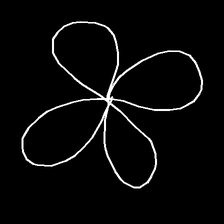
Glyph: billowing